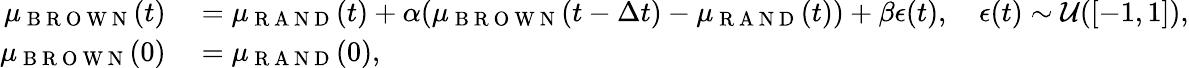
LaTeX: \begin{array}{rl}{\mu_{\mathrm{~B~R~O~W~N~}}(t)}&{{}=\mu_{\mathrm{~R~A~N~D~}}(t)+\alpha(\mu_{\mathrm{~B~R~O~W~N~}}(t-\Delta t)-\mu_{\mathrm{~R~A~N~D~}}(t))+\beta\epsilon(t),\quad\epsilon(t)\sim\mathcal{U}([-1,1]),}\\ {\mu_{\mathrm{~B~R~O~W~N~}}(0)}&{{}=\mu_{\mathrm{~R~A~N~D~}}(0),}\end{array}